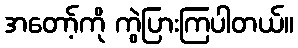
အတော့်ကို ကွဲပြားကြပါတယ်။